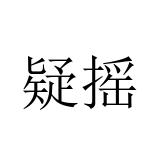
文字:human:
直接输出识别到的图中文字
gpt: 疑摇